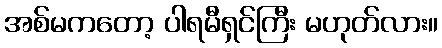
အစ်မကတော့ ပါရမီရှင်ကြီး မဟုတ်လား။